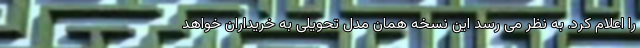
را اعلام کرد. به نظر می رسد این نسخه همان مدل تحویلی به خریداران خواهد